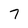
Character: 7